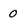
Character: 0